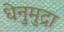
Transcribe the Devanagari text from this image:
धेनुमुद्रा